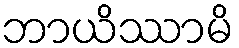
ဘာယိဿာမိ